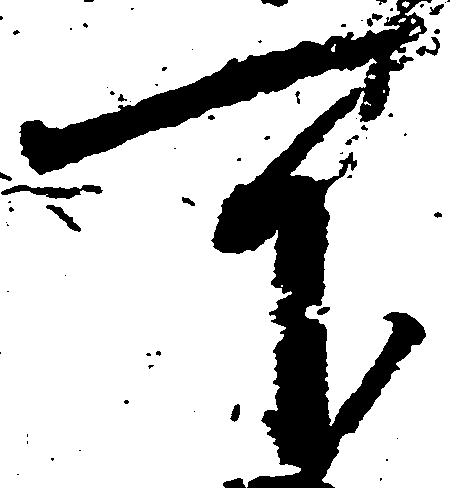
可